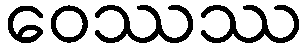
ဝေဿဿ